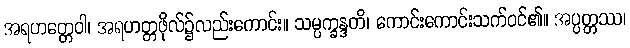
အရဟတ္တေဝါ၊ အရဟတ္တဖိုလ်၌လည်းကောင်း။ သမ္ပက္ခန္ဒတိ၊ ကောင်းကောင်းသက်ဝင်၏။ အပ္ပတ္တဿ၊